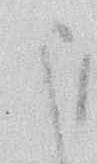
ま